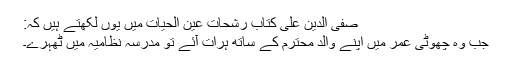
صفی الدین علی کتاب رشحات عین الحیات میں یوں لکھتے ہیں کہ:
جب وہ چھوٹی عمر میں اپنے والد محترم کے ساتھ ہرات آئے تو مدرسہ نظامیہ میں ٹھہرے۔